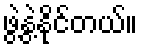
ဖွဲ့နွဲ့နိုင်တယ်။